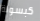
كبسولة